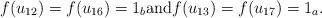
LaTeX: \begin{align*}f(u_{12})=f(u_{16})=1_b \mbox{and} f(u_{13})=f(u_{17})=1_a.\end{align*}